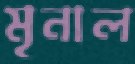
মৃনাল